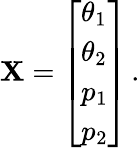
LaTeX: \mathbf{X}=\left[\begin{array}{l}{\theta_{1}}\\ {\theta_{2}}\\ {p_{1}}\\ {p_{2}}\end{array}\right]\, .